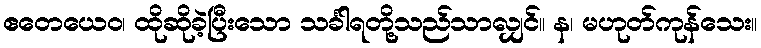
ဧတေယေဝ၊ ထိုဆိုခဲ့ပြီးသော သင်္ခါရတို့သည်သာလျှင်။ န၊ မဟုတ်ကုန်သေး။